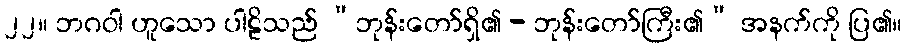
၂၂။ ဘဂဝါ ဟူသော ပါဠိသည် “ဘုန်းတော်ရှိ၏ - ဘုန်းတော်ကြီး၏” အနက်ကို ပြ၏။